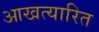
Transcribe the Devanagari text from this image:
आखत्यारित